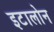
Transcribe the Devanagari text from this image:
इटालोन